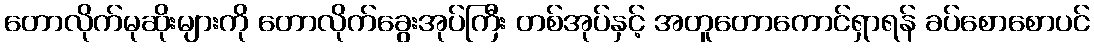
တောလိုက်မုဆိုးများကို တောလိုက်ခွေးအုပ်ကြီး တစ်အုပ်နှင့် အတူတောကောင်ရှာရန် ခပ်စောစောပင်